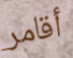
أقامر